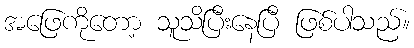
အဖြေကိုတော့ သူသိပြီးနေပြီ ဖြစ်ပါသည်။